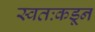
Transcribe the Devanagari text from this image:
स्वतःकडून